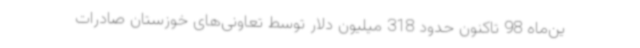
ین‌ماه 98 تاکنون حدود 318 میلیون دلار توسط تعاونی‌های خوزستان صادرات